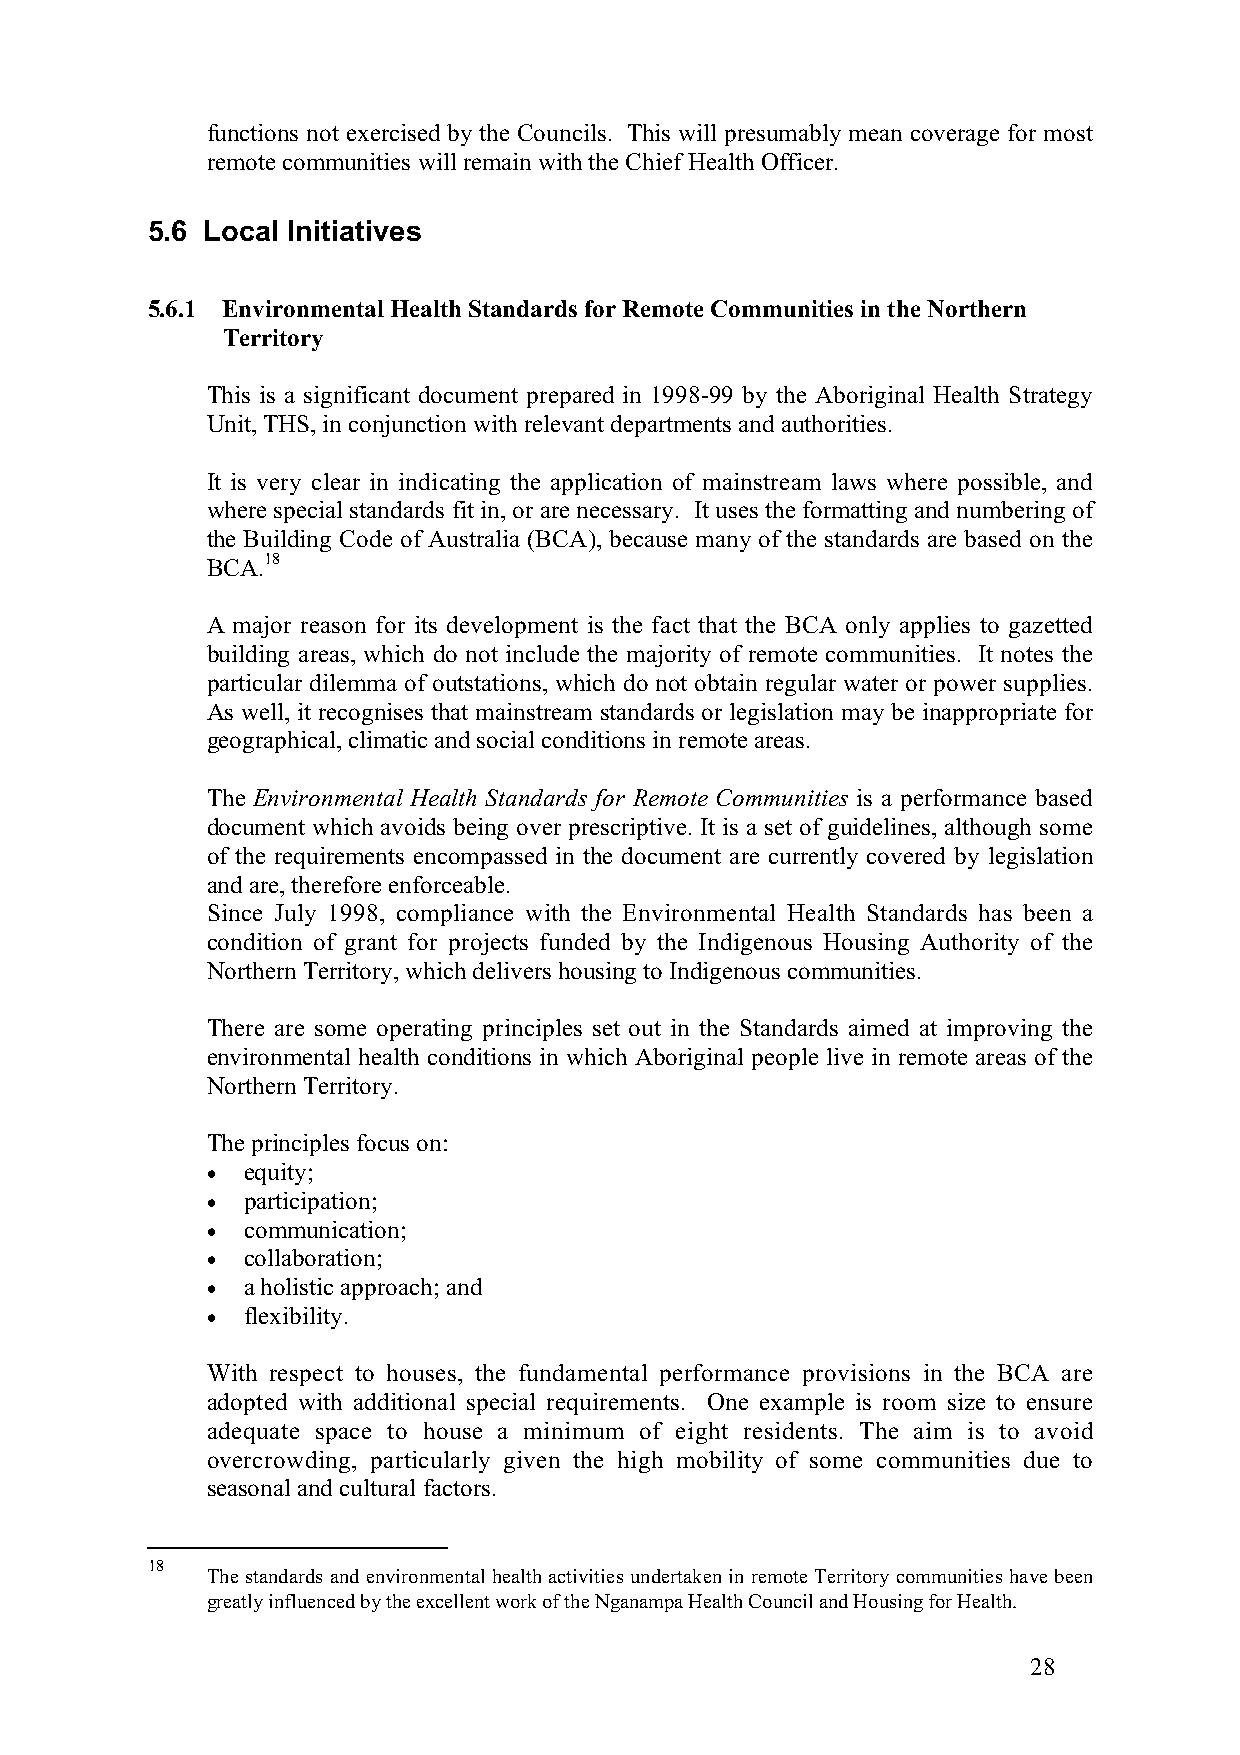
functions not exercised by the Councils. This will presumably mean coverage for most
 remote communities will remain with the Chief Health Officer.
 5.6 Local Initiatives
 5.6.1 Environmental Health Standards for Remote Communities in the Northern
 Territory
 This is a significant document prepared in 1998-99 by the Aboriginal Health Strategy
 Unit, THS, in conjunction with relevant departments and authorities.
 It is very clear in indicating the application of mainstream laws where possible, and
 where special standards fit in, or are necessary. It uses the formatting and numbering of
 the Building Code of Australia (BCA), because many of the standards are based on the
 BCA.18
 A major reason for its development is the fact that the BCA only applies to gazetted
 building areas, which do not include the majority of remote communities. It notes the
 particular dilemma of outstations, which do not obtain regular water or power supplies.
 As well, it recognises that mainstream standards or legislation may be inappropriate for
 geographical, climatic and social conditions in remote areas.
 The Environmental Health Standards for Remote Communities is a performance based
 document which avoids being over prescriptive. It is a set of guidelines, although some
 of the requirements encompassed in the document are currently covered by legislation
 and are, therefore enforceable.
 Since July 1998, compliance with the Environmental Health Standards has been a
 condition of grant for projects funded by the Indigenous Housing Authority of the
 Northern Territory, which delivers housing to Indigenous communities.
 There are some operating principles set out in the Standards aimed at improving the
 environmental health conditions in which Aboriginal people live in remote areas of the
 Northern Territory.
 The principles focus on:
 • equity;
 • participation;
 • communication;
 • collaboration;
 • a holistic approach; and
 • flexibility.
 With respect to houses, the fundamental performance provisions in the BCA are
 adopted with additional special requirements. One example is room size to ensure
 adequate space to house a minimum of eight residents. The aim is to avoid
 overcrowding, particularly given the high mobility of some communities due to
 seasonal and cultural factors.
 18
 The standards and environmental health activities undertaken in remote Territory communities have been
 greatly influenced by the excellent work of the Nganampa Health Council and Housing for Health.
 28